Mental hospitals Bombay report 1921-28 - 1921-1928
Year: 1921
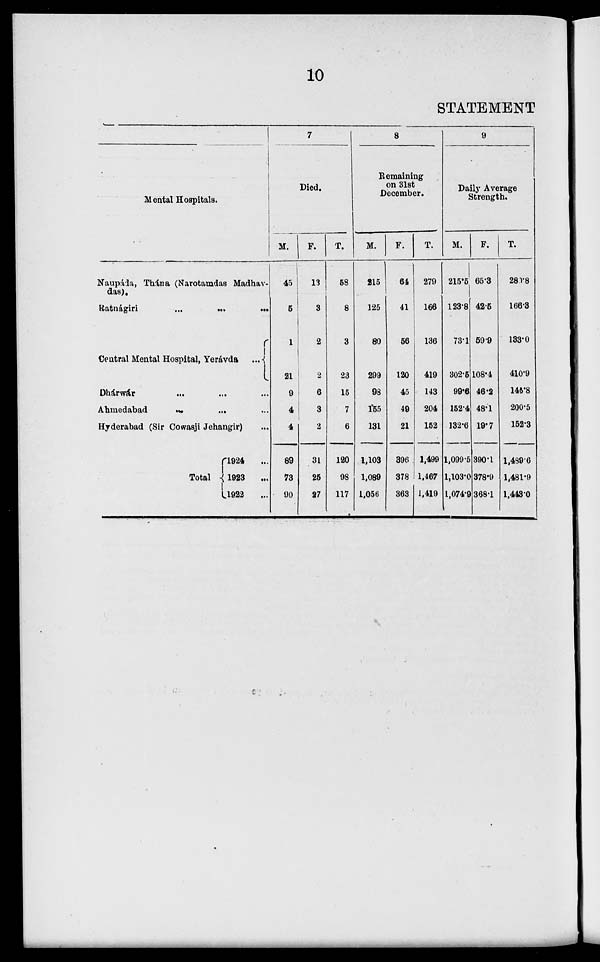
10
STATEMENT
Mental Hospitals.
Naupáda, Thána (Narotamdas Madhavdas).
Ratnágiri ... ... ...
Central Mental Hospital, Yerávda
...
Dhárwár ... ... ...
Ahmedabad
...
...
...
Hyderabad (Sir Cowasji Jehangir) ...
Total
1924 ...
1923
...
1922
...
7
Died.
M.
45
5
1
21
9
4
4
89
73
90
F.
13
3
2
2
6
3
2
31
25
27
T.
58
8
3
23
15
7
6
120
98
117
8
Remaining
on 31st
December.
M.
215
125
80
299
98
155
131
1,103
1,089
1,056
F.
64
41
56
120
45
49
21
396
378
363
T.
279
166
136
419
143
204
152
1,499
1,467
1,419
9
Daily Average
Strength.
M.
215.5
123.8
73.1
302.5
99.6
152.4
132.6
1,099.5
1,103.0
1,074.9
F.
65.3
42.5
59.9
108.4
46.2
48.1
19.7
390.1
378.9
368.1
T.
280.8
166.3
133.0
410.9
145.8
200.5
152.3
1,489.6
1,481.9
1,443.0